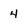
Character: 4